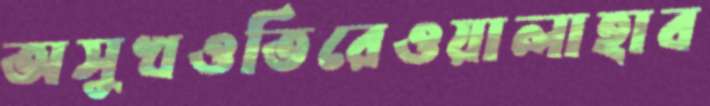
অসুখওতিরেওয়ালাহাব